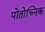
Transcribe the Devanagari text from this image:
पोतोच्निक